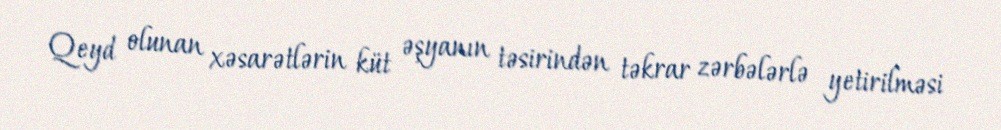
Qeyd olunan xəsarətlərin küt əşyanın təsirindən təkrar zərbələrlə yetirilməsi